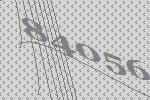
84056